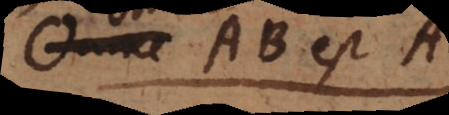
omne AB est C.